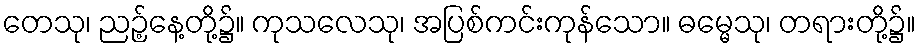
တေသု၊ ညဉ့်နေ့တို့၌။ ကုသလေသု၊ အပြစ်ကင်းကုန်သော။ ဓမ္မေသု၊ တရားတို့၌။